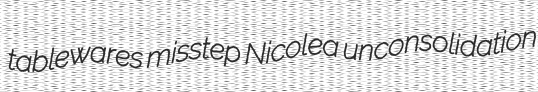
tablewares misstep Nicolea unconsolidation